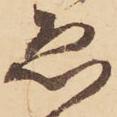
ゑ